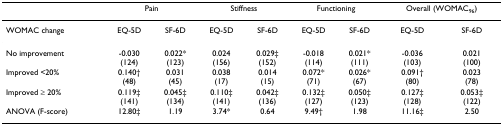
|  | <COLSPAN=2> Pain | <COLSPAN=2> Stiffness | <COLSPAN=2> Functioning | <COLSPAN=2> Overall (WOMAC96) |
 | --- | --- | --- | --- | --- | --- | --- | --- | --- |
 | WOMAC change | EQ-5D | SF-6D | EQ-5D | SF-6D | EQ-5D | SF-6D | EQ-5D | SF-6D |
 | No improvement | -0.030(124) | 0.022*(123) | 0.024(156) | 0.029‡(152) | -0.018(114) | 0.021*(111) | -0.036(103) | 0.021(100) |
 | Improved <20% | 0.140†(48) | 0.031(45) | 0.038(17) | 0.014(15) | 0.072*(71) | 0.026*(67) | 0.091†(80) | 0.023(78) |
 | Improved ≥ 20% | 0.119‡(141) | 0.045‡(134) | 0.110‡(141) | 0.042‡(136) | 0.132‡(127) | 0.050‡(123) | 0.127‡(128) | 0.053‡(122) |
 | ANOVA (F-score) | 12.80‡ | 1.19 | 3.74* | 0.64 | 9.49† | 1.98 | 11.16‡ | 2.50 |